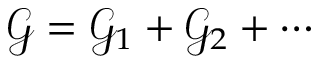
\mathcal { G } = \mathcal { G } _ { 1 } + \mathcal { G } _ { 2 } + \cdots